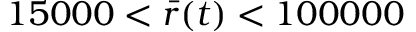
1 5 0 0 0 < \bar { r } ( t ) < 1 0 0 0 0 0